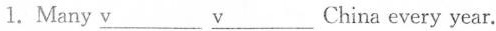
1.Many \underline{v}___ \underline{v}___China every year.